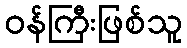
ဝန်ကြီးဖြစ်သူ